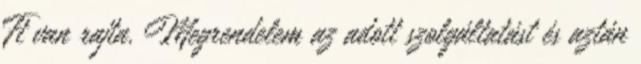
Ft van rajta. Megrendelem az adott szolgáltatást és aztán